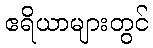
ဧရိယာများတွင်